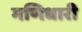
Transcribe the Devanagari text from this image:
मणिधारी